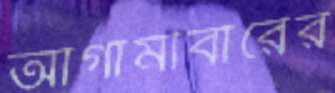
আগামীবারের